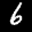
Label: 6